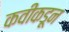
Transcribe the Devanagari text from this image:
कवीकडून